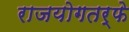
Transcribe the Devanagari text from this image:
राजयोगतर्फे